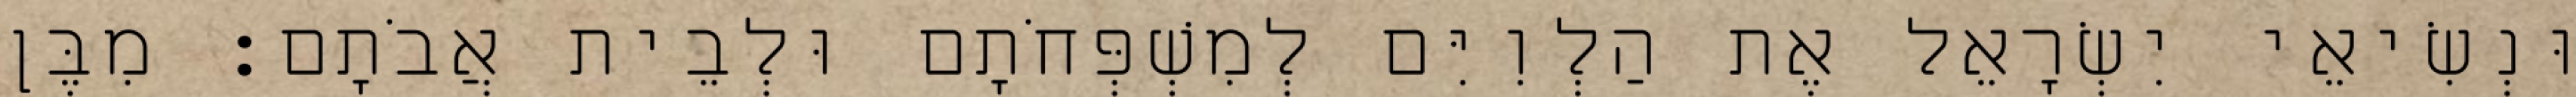
וּנְשִׂיאֵי יִשְׂרָאֵל אֶת הַלְוִיִּם לְמִשְׁפְּחֹתָם וּלְבֵית אֲבֹתָם׃ מִבֶּן